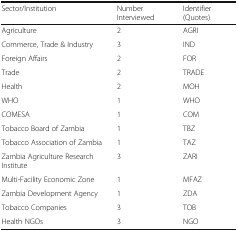
| Sector/Institution | Number Interviewed | Identifier (Quotes) |
 | --- | --- | --- |
 | Agriculture | 2 | AGRI |
 | Commerce, Trade & Industry | 3 | IND |
 | Foreign Affairs | 2 | FOR |
 | Trade | 2 | TRADE |
 | Health | 2 | MOH |
 | WHO | 1 | WHO |
 | COMESA | 1 | COM |
 | Tobacco Board of Zambia | 1 | TBZ |
 | Tobacco Association of Zambia | 1 | TAZ |
 | Zambia Agriculture Research Institute | 3 | ZARI |
 | Multi-Facility Economic Zone | 1 | MFAZ |
 | Zambia Development Agency | 1 | ZDA |
 | Tobacco Companies | 3 | TOB |
 | Health NGOs | 3 | NGO |